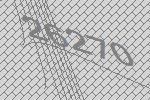
26270